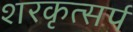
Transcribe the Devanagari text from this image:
शरकृत्‍सर्प